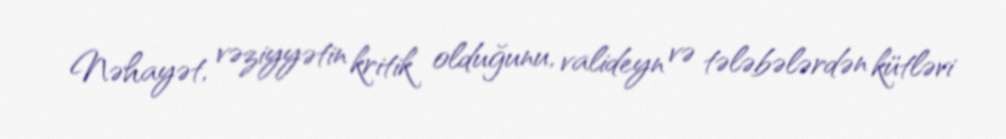
Nəhayət, vəziyyətin kritik olduğunu, valideyn və tələbələrdən kütləvi